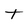
Character: t